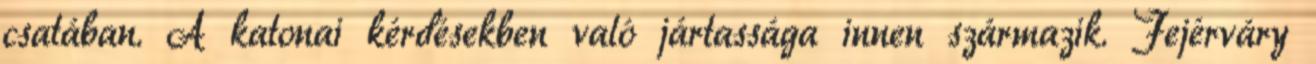
csatában. A katonai kérdésekben való jártassága innen származik. Fejérváry